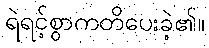
ရဲရင့်စွာကတိပေးခဲ့၏။